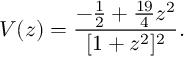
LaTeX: V ( z ) = \frac { - \frac { 1 } { 2 } + \frac { 1 9 } { 4 } z ^ { 2 } } { [ 1 + z ^ { 2 } ] ^ { 2 } } .